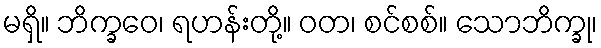
မရှိ။ ဘိက္ခဝေ၊ ရဟန်းတို့။ ဝတ၊ စင်စစ်။ သောဘိက္ခု၊